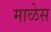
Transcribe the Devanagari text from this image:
माळेस